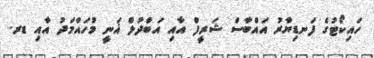
ހައިކޯޓުގެ ފަނޑިޔާރު އައްބާސް ޝަރީފް އާއި އަބްދުލް ޣަނީ މުހައްމަދު އާއި ޑރ.